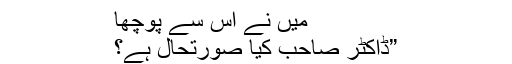
میں نے اس سے پوچھا
”ڈاکٹر صاحب کیا صورتحال ہے؟